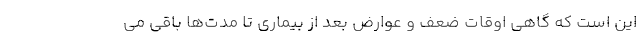
این است که گاهی اوقات ضعف و عوارض بعد از بیماری تا مدت‌ها باقی می